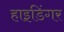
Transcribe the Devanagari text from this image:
हाइडिंगर